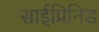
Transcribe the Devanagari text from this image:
साईप्रिनिड